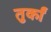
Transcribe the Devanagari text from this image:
तुर्कां